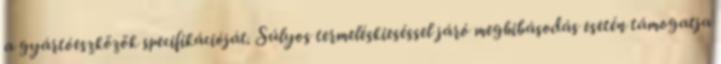
a gyártóeszközök specifikációját. Súlyos termeléskieséssel járó meghibásodás esetén támogatja